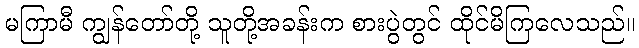
မကြာမီ ကျွန်တော်တို့ သူတို့အခန်းက စားပွဲတွင် ထိုင်မိကြလေသည်။